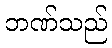
ဘဏ်သည်